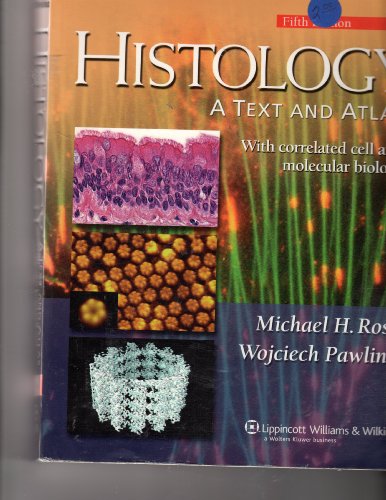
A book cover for Histology: A Text and Atlas: With Correlated Cell and  Molecular Biology (Histology (Ross)); Michael H. Ross PhD; Medical Books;